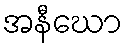
အနီဃော